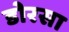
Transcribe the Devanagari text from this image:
डोरसा